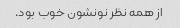
از همه نظر نونشون خوب بود.